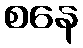
စနေ